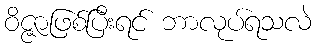
ဝိဇ္ဇာဖြစ်ပြီးရင် ဘာလုပ်ရသလဲ